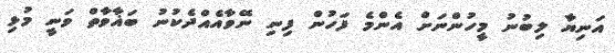
އަނިޔާ ލިބުނު މީހުންނަށް އެންމެ ފަހުން ފިނި ނޭވާއެއްދެކުނު ބަޣާވާތް ވަނީ މުޅި